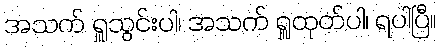
အသက် ရှူသွင်းပါ၊ အသက် ရှူထုတ်ပါ၊ ရပါပြီ။